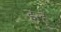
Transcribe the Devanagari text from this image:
इन्ह